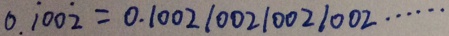
0 . \dot { 1 } 0 0 \dot { 2 } = 0 . 1 0 0 2 1 0 0 2 1 0 0 2 1 0 0 2 \cdots